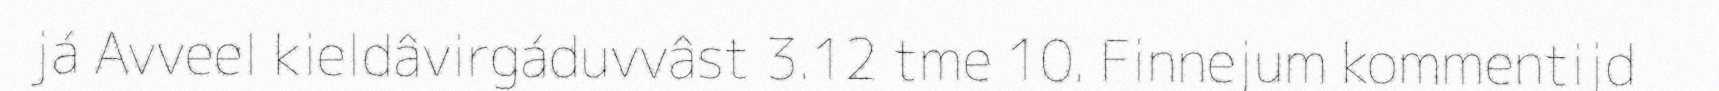
já Avveel kieldâvirgáduvvâst 3.12 tme 10. Finnejum kommentijd